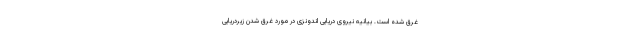
غرق شده است. بیانیه نیروی دریایی اندونزی در مورد غرق شدن زیردریایی